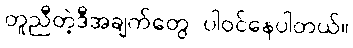
တူညီတဲ့ဒီအချက်တွေ ပါဝင်နေပါတယ်။